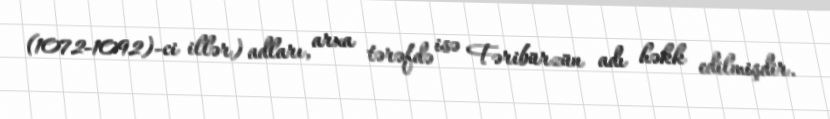
(1072-1092)-ci illər) adları, arxa tərəfdə isə Fəribürzün adı həkk edilmişdir.